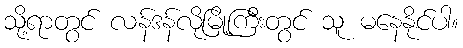
သို့ရာတွင် လန်ဒန်လိုမြို့ကြီးတွင် သူ မနေနိုင်ပါ။